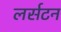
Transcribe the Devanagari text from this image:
लर्सटन